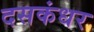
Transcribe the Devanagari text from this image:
दसकंधर